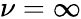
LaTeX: \nu=\infty